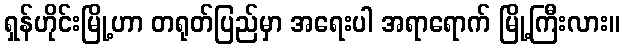
ရှန်ဟိုင်းမြို့ဟာ တရုတ်ပြည်မှာ အရေးပါ အရာရောက် မြို့ကြီးလား။